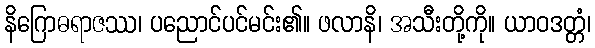
နိဂြောဓရာဇဿ၊ ပညောင်ပင်မင်း၏။ ဖလာနိ၊ အသီးတို့ကို။ ယာဝဒတ္တံ၊